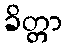
ခိတ္တာ